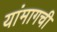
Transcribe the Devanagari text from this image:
यांमागची